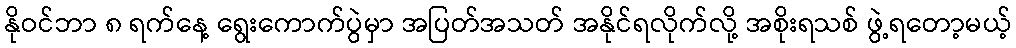
နိုဝင်ဘာ ၈ ရက်နေ့ ရွေးကောက်ပွဲမှာ အပြတ်အသတ် အနိုင်ရလိုက်လို့ အစိုးရသစ် ဖွဲ့ရတော့မယ့်